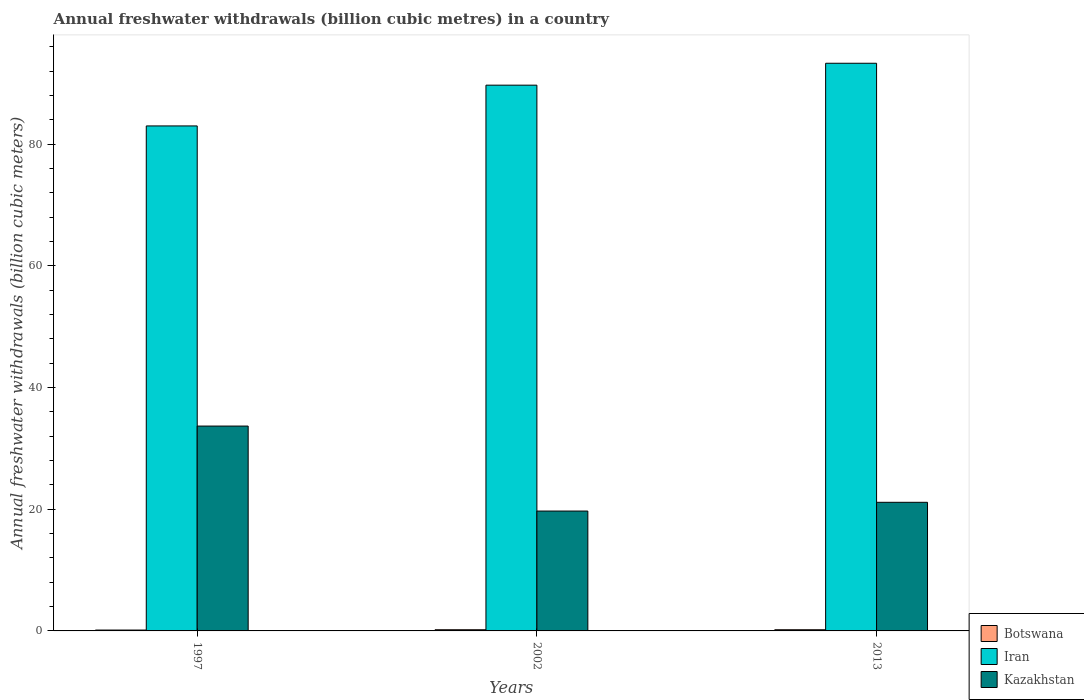
| Years | Botswana | Iran | Kazakhstan |
 | --- | --- | --- | --- |
 | 1997 | 0.143 | 83 | 33.7 |
 | 2002 | 0.194 | 89.7 | 19.7 |
 | 2013 | 0.194 | 93.3 | 21.1 |